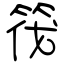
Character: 筏